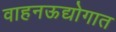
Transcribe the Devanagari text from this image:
वाहनऊद्योगात